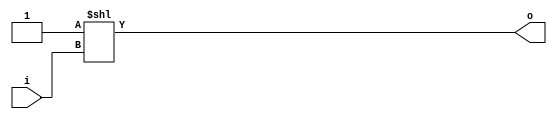
module bsg_decode_num_out_p10
(
  i,
  o
);

  input [3:0] i;
  output [9:0] o;
  wire [9:0] o;
  assign o = { 1'b0, 1'b0, 1'b0, 1'b0, 1'b0, 1'b0, 1'b0, 1'b0, 1'b0, 1'b1 } << i;

endmodule